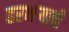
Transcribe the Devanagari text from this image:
हरभऱ्याची